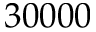
3 0 0 0 0